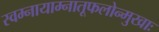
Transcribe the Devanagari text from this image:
स्वम्नायाम्नातूफलोन्मुखाः